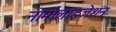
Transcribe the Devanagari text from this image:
नोर्मालाइजेशन